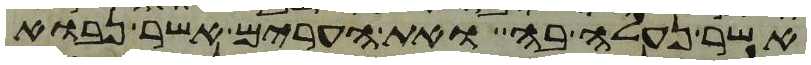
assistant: אשר נעלה בה ואת הערים אשר נבוא